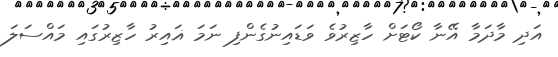
އަދި މާދަމާ އޭނާ ކޯޓަށް ހާޒިރުވެ ވަޑައިނުގެންފި ނަމަ ޣައިރު ހާޒިރުގައި މައްސަލަ